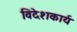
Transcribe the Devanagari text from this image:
विदेशकार्य